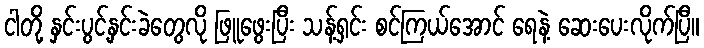
ငါတို့ နှင်းပွင့်နှင်းခဲတွေလို ဖြူဖွေးပြီး သန့်ရှင်း စင်ကြယ်အောင် ရေနဲ့ ဆေးပေးလိုက်ပြီ။